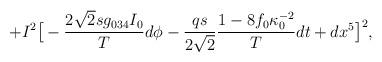
LaTeX: \begin{align*}+I^2\big[-{2\sqrt2 s g_{034}I_0\over T}d\phi -{qs\over 2\sqrt2}{1-8f_0\kappa_0^{-2}\over T}dt +dx^5\big]^2,\end{align*}